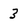
Character: 3